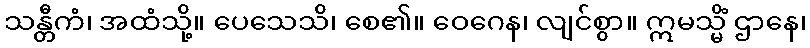
သန္တီကံ၊ အထံသို့။ ပေသေသိ၊ စေ၏။ ဝေဂေန၊ လျင်စွာ။ ဣမသ္မိံ ဌာနေ၊